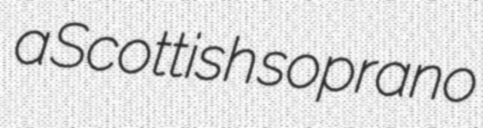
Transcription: a Scottish soprano